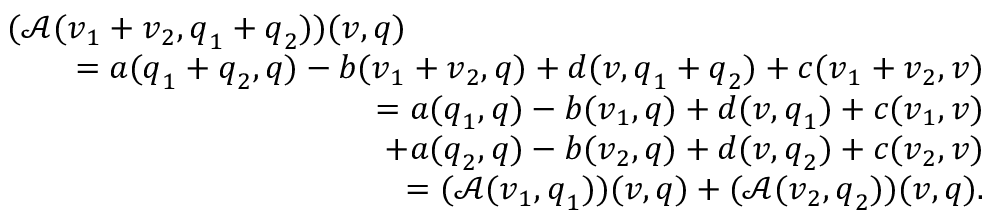
\begin{array} { r l r } { \lefteqn { ( \mathcal { A } ( \boldsymbol { v } _ { 1 } + \boldsymbol { v } _ { 2 } , \boldsymbol { q } _ { 1 } + \boldsymbol { q } _ { 2 } ) ) ( \boldsymbol { v } , \boldsymbol { q } ) } } \\ & { } & { = a ( \boldsymbol { q } _ { 1 } + \boldsymbol { q } _ { 2 } , \boldsymbol { q } ) - b ( \boldsymbol { v } _ { 1 } + \boldsymbol { v } _ { 2 } , \boldsymbol { q } ) + d ( \boldsymbol { v } , \boldsymbol { q } _ { 1 } + \boldsymbol { q } _ { 2 } ) + c ( \boldsymbol { v } _ { 1 } + \boldsymbol { v } _ { 2 } , \boldsymbol { v } ) } \\ & { } & { = a ( \boldsymbol { q } _ { 1 } , \boldsymbol { q } ) - b ( \boldsymbol { v } _ { 1 } , \boldsymbol { q } ) + d ( \boldsymbol { v } , \boldsymbol { q } _ { 1 } ) + c ( \boldsymbol { v } _ { 1 } , \boldsymbol { v } ) } \\ & { } & { \quad + a ( \boldsymbol { q } _ { 2 } , \boldsymbol { q } ) - b ( \boldsymbol { v } _ { 2 } , \boldsymbol { q } ) + d ( \boldsymbol { v } , \boldsymbol { q } _ { 2 } ) + c ( \boldsymbol { v } _ { 2 } , \boldsymbol { v } ) } \\ & { } & { = ( \mathcal { A } ( \boldsymbol { v } _ { 1 } , \boldsymbol { q } _ { 1 } ) ) ( \boldsymbol { v } , \boldsymbol { q } ) + ( \mathcal { A } ( \boldsymbol { v } _ { 2 } , \boldsymbol { q } _ { 2 } ) ) ( \boldsymbol { v } , \boldsymbol { q } ) . } \end{array}